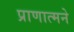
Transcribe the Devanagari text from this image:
प्राणात्मने